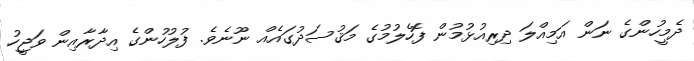
ދެމީހުންގެ ނަން އަމިއްލަ ދިރިއުޅުމުން ފޮހެލުމުގެ މަޤުސަދުގައެއް ނޫނެވެ. ފުލުހުންގެ އިދާރާއިން ވަޖީހު